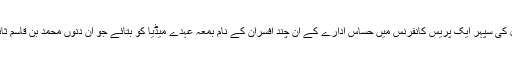
سابق سینیٹر فرحت اللہ بابر نے تو منگل کی سپہر ایک پریس کانفرنس میں حساس ادارے کے ان چند افسران کے نام بمعہ عہدے میڈیا کو بتائے جو ان دنوں محمد بن قاسم ثانی بننے کی کوششوں میں مصروف ہیں۔